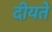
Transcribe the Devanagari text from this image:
दीयते